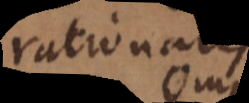
rational